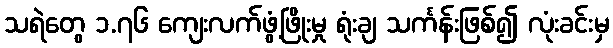
သရဲတွေ ၁.၇၆ ကျေးလက်ဖွံ့ဖြိုးမှု ရုံးချ သင်္ကန်းဖြစ်၍ လုံးခင်းမှ